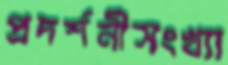
প্রদর্শনীসংখ্যা